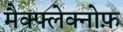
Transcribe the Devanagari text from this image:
मैक्फ्लेक्नोफ़